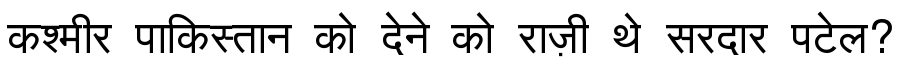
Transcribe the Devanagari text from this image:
कश्मीर पाकिस्तान को देने को राज़ी थे सरदार पटेल?